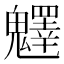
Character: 𩴮